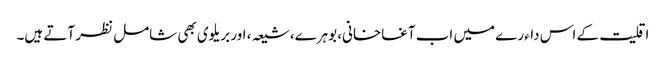
اقلیت کے اس داءرے میں اب آغاخانی، بوہرے، شیعہ، اور بریلوی بھی شامل نظر آتے ہیں۔